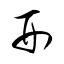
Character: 刑